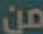
من